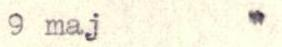
9 maj          "